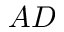
A D